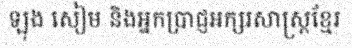
ឡុង សៀម និងអ្នកប្រាជ្ញអក្សរសាស្ត្រខ្មែរ